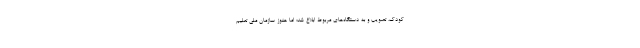
کودک، تصویب و به دستگاه‌های مربوط ابلاغ شد؛ اما هنوز سازمان ملی تعلیم